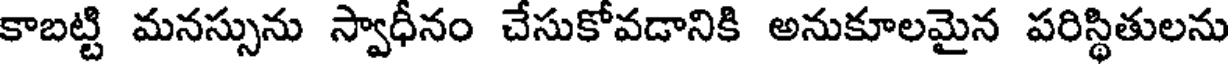
కాబట్టి మనస్సును స్వాధీనం చేసుకోవడానికి అనుకూలమైన పరిస్థితులను